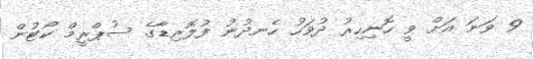
9 ވަނަ އަށް ވީ ހޮނިހިރު ދުވަހު ހެނދުނު ފުލޮރިޑާގެ ސުޕްރީމް ކޯޓުން